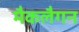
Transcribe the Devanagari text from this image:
मैकलैगन